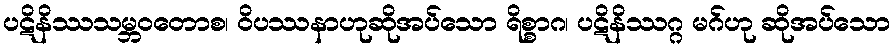
ပဋိနိဿသမ္ဘဝတောစ၊ ဝိပဿနာဟုဆိုအပ်သော ရိစ္စာဂ၊ ပဋိနိဿဂ္ဂ မဂ်ဟု ဆိုအပ်သော